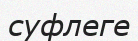
суфлеге